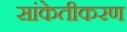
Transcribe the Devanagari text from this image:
सांकेतीकरण